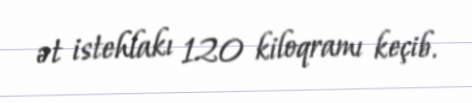
ət istehlakı 120 kiloqramı keçib.